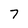
Character: 7